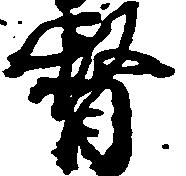
督